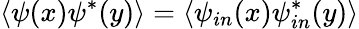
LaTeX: \left\langle\psi(x)\psi^{\ast}(y)\right\rangle=\left\langle\psi_{in}(x)\psi_{in}^{\ast}(y)\right\rangle